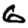
Digit: 6